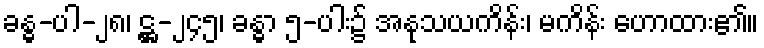
ခန္ဓ-ပါ-၂၈၊ ဋ္ဌ-၂၄၅၊ ခန္ဓာ ၅-ပါး၌ အနုသယကိန်း၊ မကိန်း ဟောထား၏။